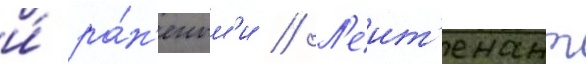
и́ ра́н'еным'и // Л'еит'енант